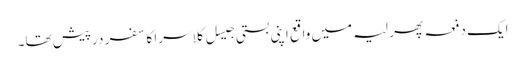
ایک دفعہ پھر لیہ میں واقع اپنی بستی جیسل کلاسرا کا سفر درپیش تھا۔